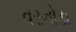
વરનોડા